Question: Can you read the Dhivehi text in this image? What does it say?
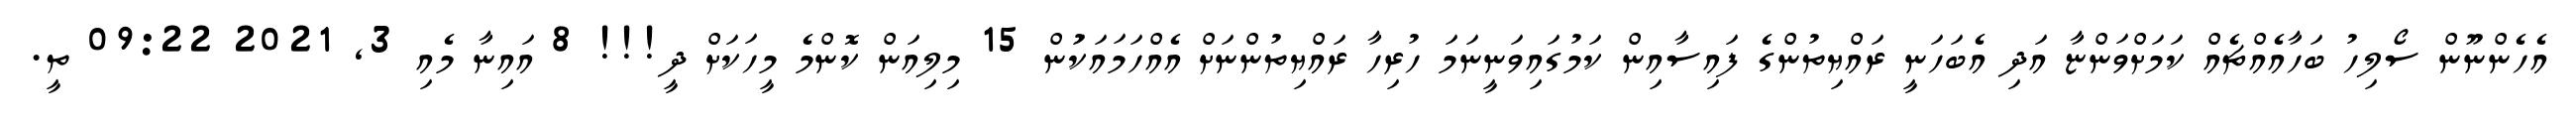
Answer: އެހެންނޫން ސޯލިހު ބަހާއެއްޗެއް ކަމަށްވަންޏާ އަދި އެބަހަނީ ރައްޔިތުންގެ ފައިސާއިން ކަމުގައިވަނީނަމަ ހުރިހާ ރައްޔިތުންނަށް އެއްހަމައަކަުން 15 މިލިއަން ކޮންމެ މީހަކަށް ދީ!!! 8 އައިނާ މެއި 3, 2021 09:22 ތީ.